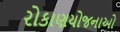
રોકાણયોજનાઓ